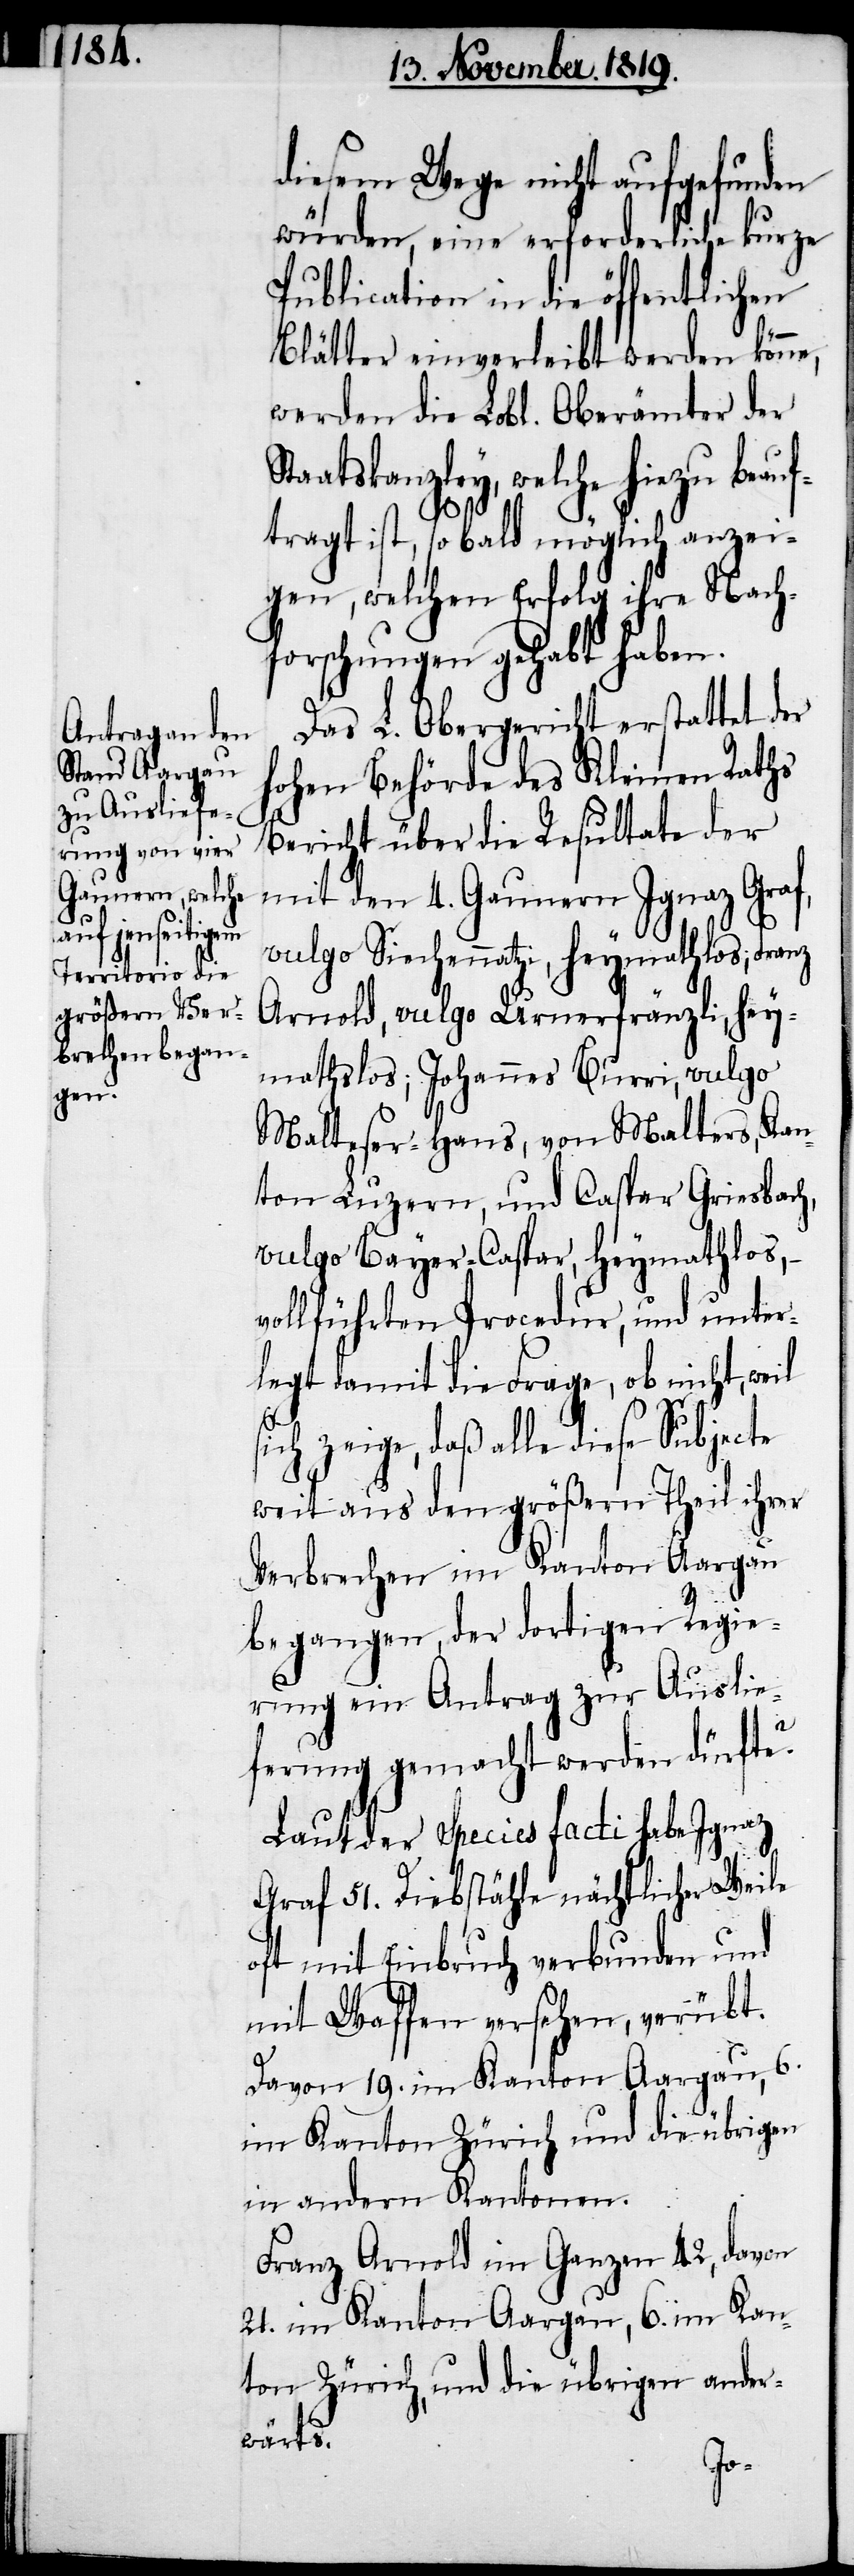
diesem Wege nicht aufgefunden
würden, eine erforderliche kurze
Publication in die öffentlichen
Blätter einverleibt werden könne,
werden die Lobl. Oberämter der
Staatskanzley, welche hiezu beauf¬
tragt ist, so bald möglich anzei¬
gen, welchen Erfolg ihre Nach¬
forschungen gehabt haben.
Das L. Obergericht erstattet der
hohen Behörde des Kleinen Raths
Bericht über die Resultate der
mit den 4. Gaunern Ignaz Graf,
vulgo Siechennatzi, heymathlos; Franz
Arnold, vulgo Urnerfränzli, hey¬
mathslos; Johannes Burri, vulgo
Malteser-Hans, von Malters, Kan¬
ton Luzern, und Caspar Grinsbach,
vulgo Bayer-Caspar, heymathlos,
vollführten Procedur, und unter¬
legt damit die Frage, ob nicht, weil
sich zeige, daß alle diese Subjecte
weit aus den größern Theil ihrer
Verbrechen im Kanton Aargau
begangen, der dortigen Regie¬
rung ein Antrag zur Auslie¬
ferung gemacht werden dürfte?
Laut der Species facti habe Ignaz
Graf 51. Diebstähle nächtlicher Weile
oft mit Einbruch verbunden und
mit Waffen versehen, verübt.
Davon 19. im Kanton Aargau, 6.
im Kanton Zürich und die übrigen
in andern Kantonen.
Franz Arnold im Ganzen 42., davon
21. im Kanton Aargau, 6. im Kan¬
ton Zürich, und die übrigen ander¬
wärts.